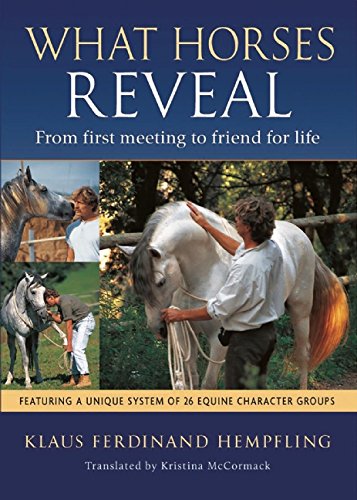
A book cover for What Horses Reveal: From First Meeting to Friend for Life; Klaus  Ferdinand Hempfling; Sports & Outdoors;